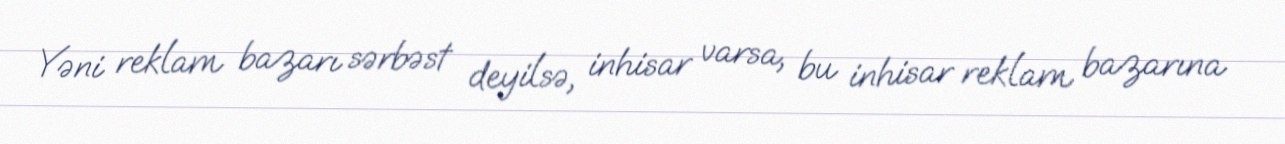
Yəni reklam bazarı sərbəst deyilsə, inhisar varsa, bu inhisar reklam bazarına